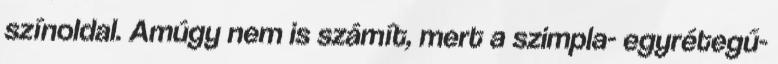
színoldal. Amúgy nem is számít, mert a szimpla- egyrétegű-